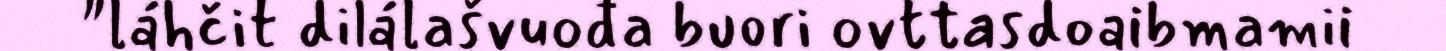
"láhčit dilálašvuođa buori ovttasdoaibmamii